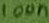
Text: 100n